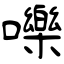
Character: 嚛